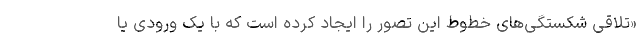
«تلاقی شکستگی‌های خطوط این تصور را ایجاد کرده است که با یک ورودی یا